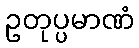
ဥတုပ္ပမာဏံ